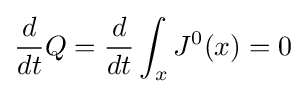
{d \over dt}Q={d \over dt}\int _{x}J^{0}(x)=0